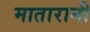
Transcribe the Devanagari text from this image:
मातारानी